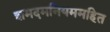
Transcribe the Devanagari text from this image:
शमदमनियममहित